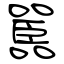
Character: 嚚